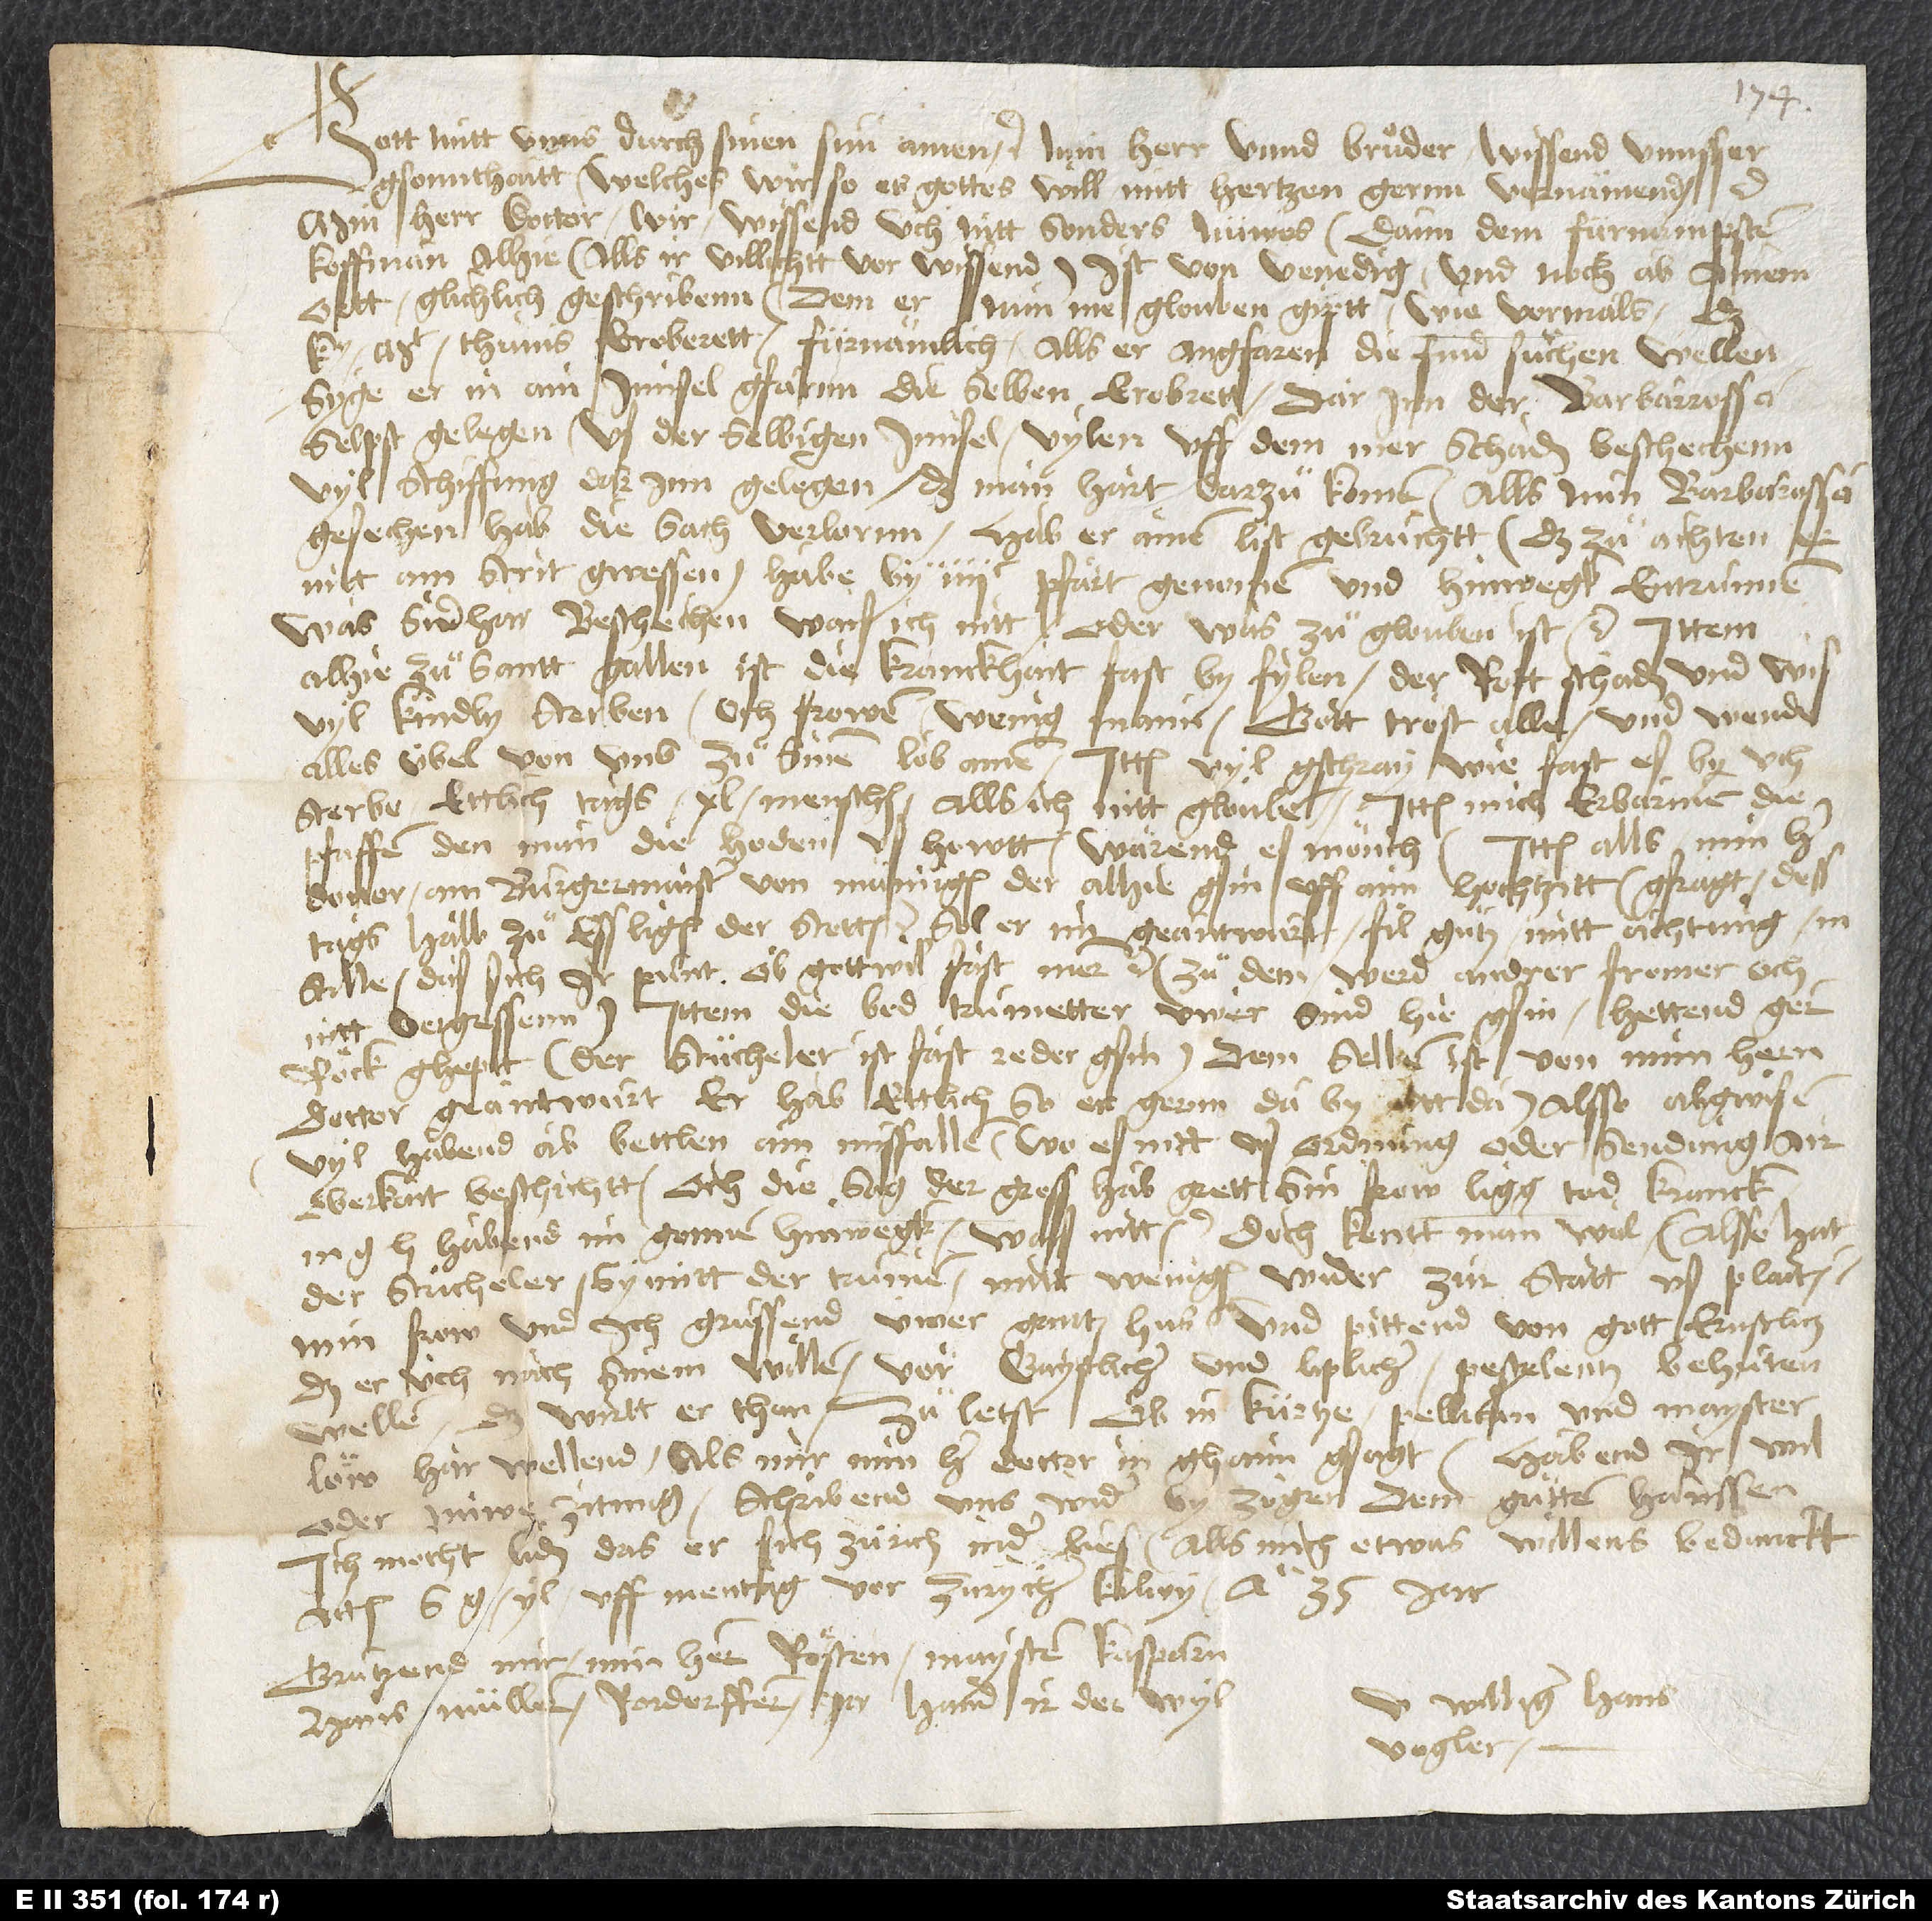
Gott mitt unns durch sinen sun. Amen etc. Min herr unnd bruͦder, wissend unnsser
gsonnthaitt, welches wir, so es gottes will, mitt hertzen gernn vernämend etc.
Min herr doctor, wir wissend uch nitt sonders nüwes, dann dem fümampsten
koffman alhie (alls ir villichtt vor wissend) ist von Venedig und noch ab ainem
ortt glichlich geschribenn, dem er nun me glouben giptt wie vormals, das
kt Thunis eroberett. Fürnämlich: Alls er angfaren, die find suͦchen wellen,
syge er in ain innsel gfarnn, die selben erobrett, darinn der Barbarrossa
selpst gelegen. Us der selbigen innsel vylen uff dem mer schaden beschechenn,
vyl schiffung darinn gelegen, daß man hart darzuͦ komen. Alls nun Barbarossa
gesechen hab die sach verlornn, hab er ainen list gebruchtt (daß zuͦ achten,
nitt am strit gwessen), habe by 400 pfärt genomen und hinwegk entrunnen.
Was sidhar beschechen, wais ich nitt, oder was zuͦ glouben ist etc. Ittem
alhie zuͦ Santt Gallen ist die kranckhait fast by fylen, der rott schaden und wis,
vyl kindly sterben, och frowen, wenig mann. Gott trost alle und wende
alles übel von uns zuͦ sinem lob. Amen. Ittem vyl gschray, wie fast es by uch
sterbe, ettlich tags 40 menschen, alls ich nitt glouben. Ittem mich erbarmen die
pfaffen, den man die hoden ushowtt; wärend es mönch. Ittem alls min her
doctor ain burgermaister von Mämigen, der alhie gsin uff aim hochtzitt, gfragt dess
tags halb zuͦ Essligen der stetten, sol er im geantwurt fil guͦtz, mitt achtung, in
stille, das sich ir punt, ob gott wil, fast meren etc. Zu dem werd andrer fromer och
nitt vergessenn. Ittem die bed trumetter uwer sind hie gsin, hettend ger
wörk gheptt. (Der Stücheler ist fast reder gsin.) Dem selben ist von mim bern
doctor geantwurt, er hab ettlich, so er gernn daby, nitt da. Alsso abgwisen.
Vyl habend ab bettlen ain misfallen, wo es nitt us ordnung oder sendung air
oberkait beschichtt. Och die sag, der gross hab grett, sin frow ligg tod kranck.
M habend im gonnen hinwegk, wais nitt etc. Doch kentt man wol. Alsso hat
der Stücheler sy mit der trumen mitt wenigen wider zur statt us plaiten.
Min frow und ich gruͤssend üwer gantz hus und pittend von gott ernstlich,
daß er üch nach sinem willen vor gaystlicher und liplicher pestelentz behuͤten
welle. Das wirdt er thon. Zuͦ letst, ob in kürtze Pellican und Mayster
Löw har wellend, als mir min her doctor in ghaim gsagt. Habend ir wil
oder nüwe zitung, schribend uns wider by zöger, dem guͦtten Hanssen.
Ich mocht liden, das er sich Zürich nider lies, alls mich etwas willens bedunckt.
Actum S. G, yl, uff mentag vor Zurycher kilwy anno 35. jar.
Gruͤtzend mir min her Rösten, mayster Kasparn,
williger Hans
Hans Müllern, Rordorffern, ja hand ir der wyl.
Vogler.